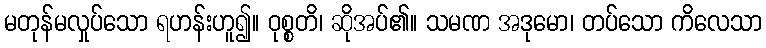
မတုန်မလှုပ်သော ရဟန်းဟူ၍။ ဝုစ္စတိ၊ ဆိုအပ်၏။ သမဏ အဒုမော၊ တပ်သော ကိလေသာ